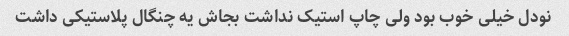
نودل خیلی خوب بود ولی چاپ استیک نداشت بجاش یه چنگال پلاستیکی داشت